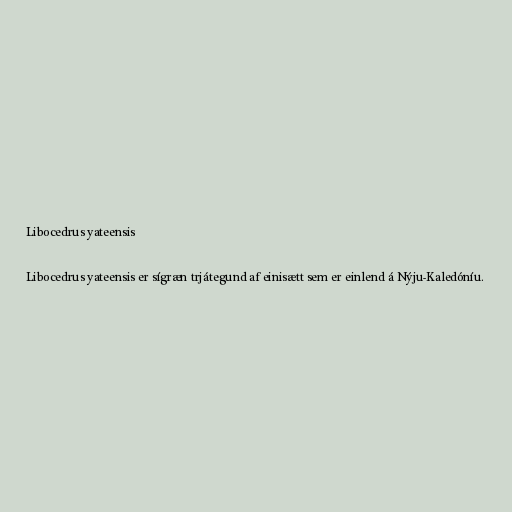
Libocedrus yateensis

Libocedrus yateensis er sígræn trjátegund af einisætt sem er einlend á Nýju-Kaledóníu.